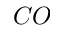
C O